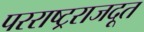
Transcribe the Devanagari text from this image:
परराष्ट्रराजदूत